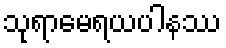
သုရာမေရယပါနဿ